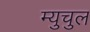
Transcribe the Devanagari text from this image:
म्युचुल